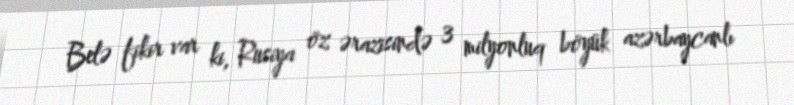
Belə fikir var ki, Rusiya öz ərazisində 3 milyonluq böyük azərbaycanlı